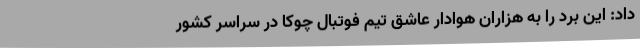
داد: این برد را به هزاران هوادار عاشق تیم فوتبال چوکا در سراسر کشور